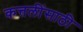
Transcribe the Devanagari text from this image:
कत्तलींसाठी